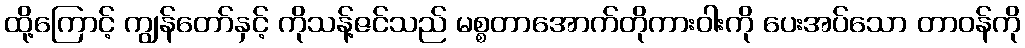
ထို့ကြောင့် ကျွန်တော်နှင့် ကိုသန့်ဇင်သည် မစ္စတာအောက်တိုကားဝါးကို ပေးအပ်သော တာဝန်ကို